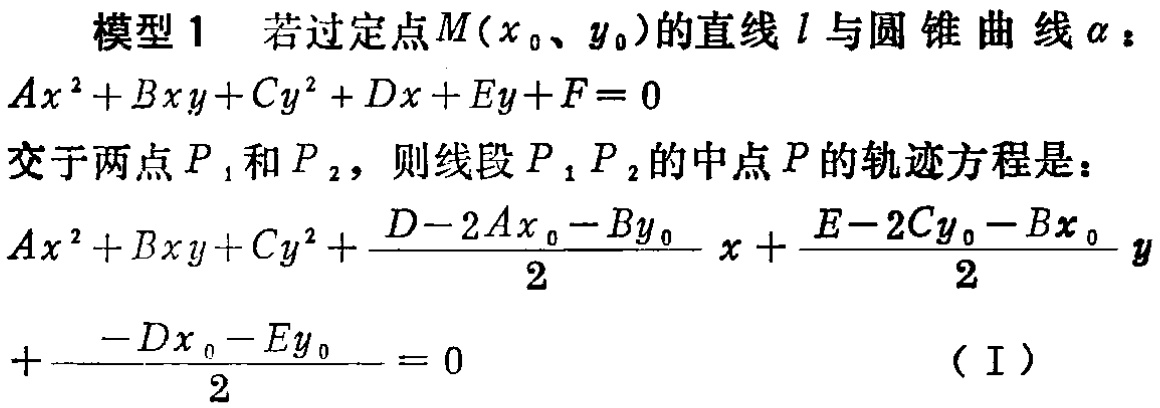
模型 1 若过定点\(M(x_0、y_0)\)的直线\(l\)与圆锥曲线\(\alpha\)：
\(Ax^{2}+Bxy + Cy^{2}+Dx + Ey+F = 0\)
交于两点\(P_1\)和\(P_2\)，则线段\(P_1P_2\)的中点\(P\)的轨迹方程是：
\(Ax^{2}+Bxy + Cy^{2}+\frac{D - 2Ax_0 - By_0}{2}x+\frac{E - 2Cy_0 - Bx_0}{2}y+\frac{-Dx_0 - Ey_0}{2}=0\) （I）